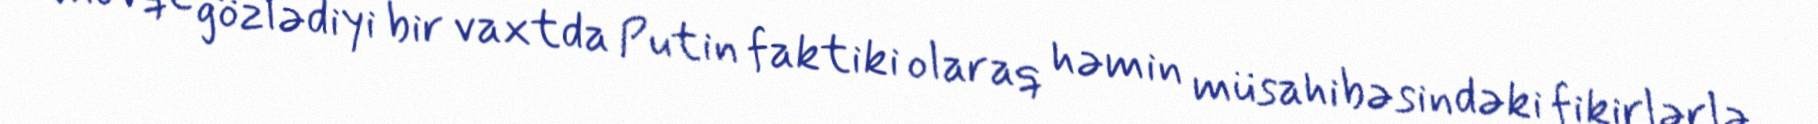
mövqe gözlədiyi bir vaxtda Putin faktiki olaraq həmin müsahibəsindəki fikirlərlə